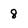
Character: 8